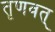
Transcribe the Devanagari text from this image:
तृणवत्